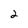
Character: 2